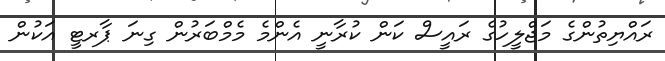
ރައްޔިތުންގެ މަޖްލީހުގެ ރައީސް ކަން ކުރާނީ އެންމެ މެމްބަރުން ގިނަ ޕާރޓީ އަކުން